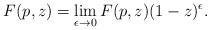
LaTeX: \begin{align*}F(p,z) = \lim_{\epsilon \rightarrow 0}F(p,z)(1-z)^{ \epsilon}.\end{align*}